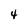
Character: 4